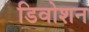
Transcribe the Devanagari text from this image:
डिवोशन